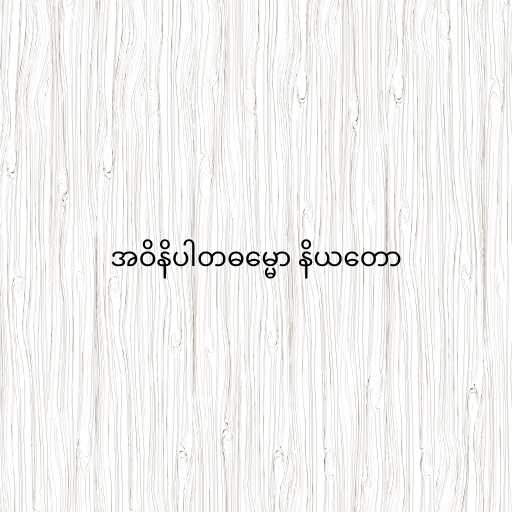
အဝိနိပါတဓမ္မော နိယတော